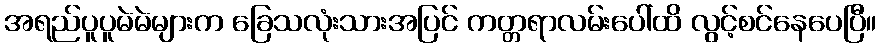
အရည်ပူပူမဲမဲများက ခြေသလုံးသားအပြင် ကတ္တရာလမ်းပေါ်ထိ လွင့်စင်နေပေပြီ။